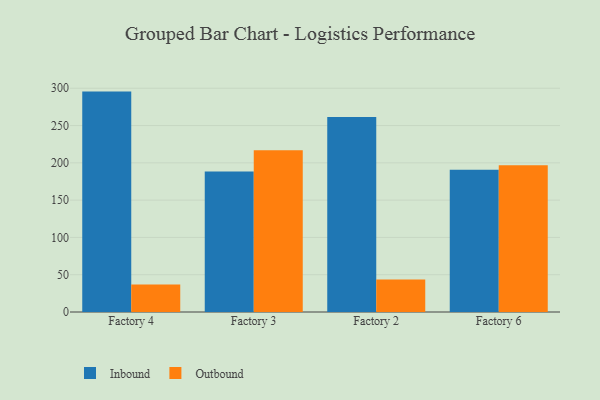
{"axis": {"x": "Factory", "y": "Website Visitors"}, "legend": ["Inbound", "Outbound"], "data": [{"x": "Factory 4", "y": 295.5, "type": "Inbound"}, {"x": "Factory 4", "y": 36.9, "type": "Outbound"}, {"x": "Factory 3", "y": 188.5, "type": "Inbound"}, {"x": "Factory 3", "y": 216.9, "type": "Outbound"}, {"x": "Factory 2", "y": 261.6, "type": "Inbound"}, {"x": "Factory 2", "y": 43.6, "type": "Outbound"}, {"x": "Factory 6", "y": 190.8, "type": "Inbound"}, {"x": "Factory 6", "y": 196.8, "type": "Outbound"}]}